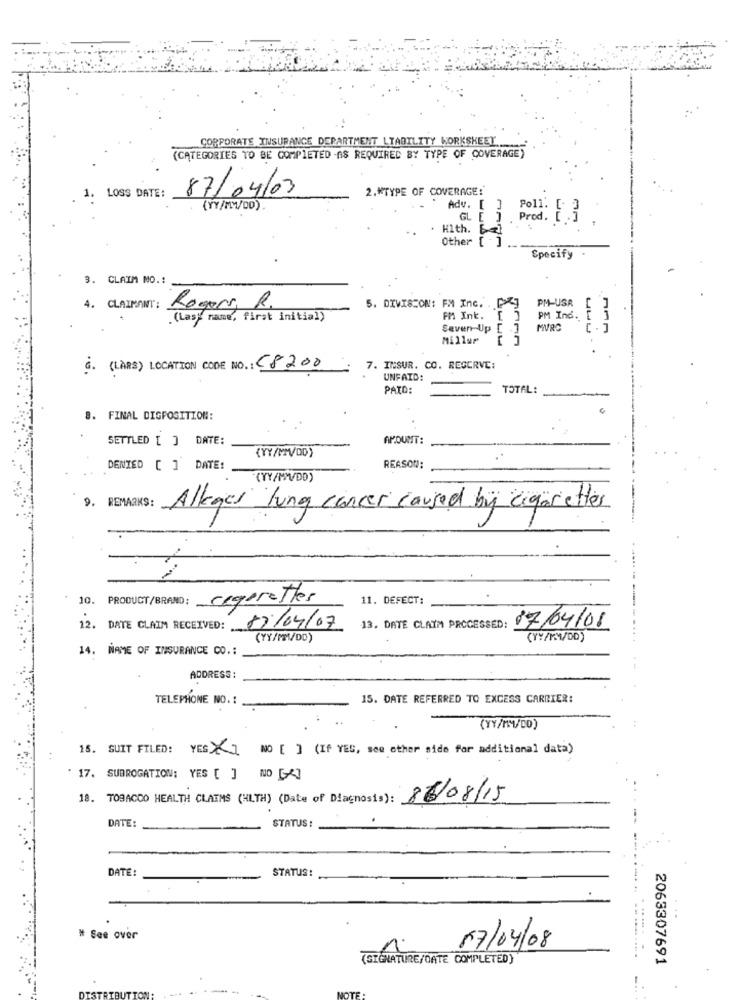
CORPORATE INSURANCE DEPARTMENT LIABILITY WORKSHEET
(CATEGORIES TO BE COMPLETED -AS REQUIRED BY TYPE OF COVERAGE)
87/04/03
2 .* TYPE OF COVERAGE:
1. LOSS DATE:
Adv. [ ]
Poll.
GL [ ]
Prod. [ .. ]
Hlth. El
Other [ ]
Specify
3. CLAIM MO .:
PM-USA
4 . CLAIMANT :
Rogers, R.
5. DIVISION: FM Inc. . [Kg
(Las) name, first initial)
FM Int. [ ]
PM Ind.
Seven Up [ .]
MURO
Millar
à. (LARS) LOCATION CODE NO .: 58200
7. INSUR. CO. RESERVE:
UNFAID:
PATO:
TOTAL:
8. FINAL DIGPOSITION:
SETTLED [ ] DATE:
AMOUNT:
(YY/MM/DD)
DENIED [ ] DATE:
REASON:
(YY/MM/DD)
9. REMARKS:
Alleges lung cancer caused by cigarettes
10. PRODUCT/BRAND : regeretter
11. DEFECT:
12. DATE CLAIM RECEIVED: 17/04/07
13. DATE CLAIM PROCESSED: 07/04/08
(YY/MM/DD)
(YY/MM/DD)
14. NAME OF INSURANCE CO .:
ADDRESS :
15. DATE REFERRED TO EXCESS CARRIER:
TELEPHONE NO.1.
(YY/MM/CO)
15. SUIT FILED: YES >] NO [ ] (If YES, see other side for additional data)
" 17. SUBROGATION: YES [ ] NO [4]
18. TOBACCO HEALTH CLAIMS (HLTH) (Date of Diagnosis): 86/08/15
DATE:
STATUS :
DATE:
STATUS!
# See over
07/04/08
.......
(SIGNATURE/DATE COMPLETED)
............
2063307691